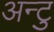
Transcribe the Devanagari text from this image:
अन्टु